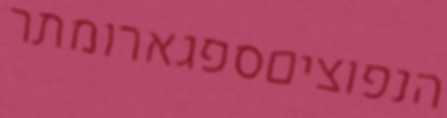
הנפוציםספגארומתר